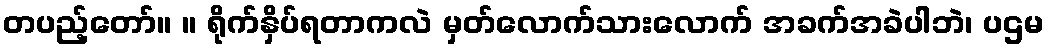
တပည့်တော်။ ။ ရိုက်နှိပ်ရတာကလဲ မှတ်လောက်သားလောက် အခက်အခဲပါဘဲ၊ ပဌမ